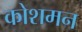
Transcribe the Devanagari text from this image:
कोशमन